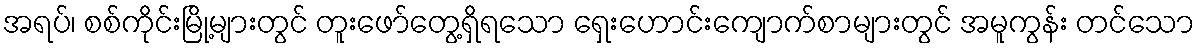
အရပ်၊ စစ်ကိုင်းမြို့များတွင် တူးဖော်တွေ့ရှိရသော ရှေးဟောင်းကျောက်စာများတွင် အမူကွန်း တင်သော